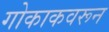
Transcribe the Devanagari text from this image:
गोकाकवरून